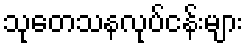
သုတေသနလုပ်ငန်းများ